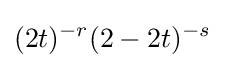
(2t)^{-r}(2-2t)^{-s}